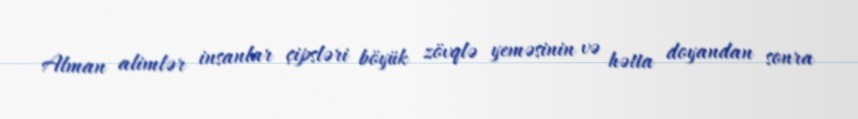
Alman alimlər insanlar çipsləri böyük zövqlə yeməsinin və hətta doyandan sonra